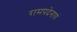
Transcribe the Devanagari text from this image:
रामपदेनायं